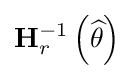
\mathbf {H} _{r}^{-1}\left({\widehat {\theta }}\right)